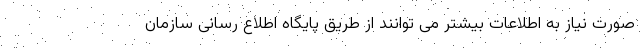
صورت نیاز به اطلاعات بیشتر می توانند از طریق پایگاه اطلاع رسانی سازمان